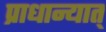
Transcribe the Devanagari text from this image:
प्राधान्यात्